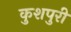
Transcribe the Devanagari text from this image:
कुशपुरी